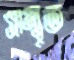
সম্বৃত